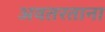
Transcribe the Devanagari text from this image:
अवतरताना